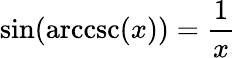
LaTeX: \sin(\operatorname{arccsc}(x))={\frac{1}{x}}